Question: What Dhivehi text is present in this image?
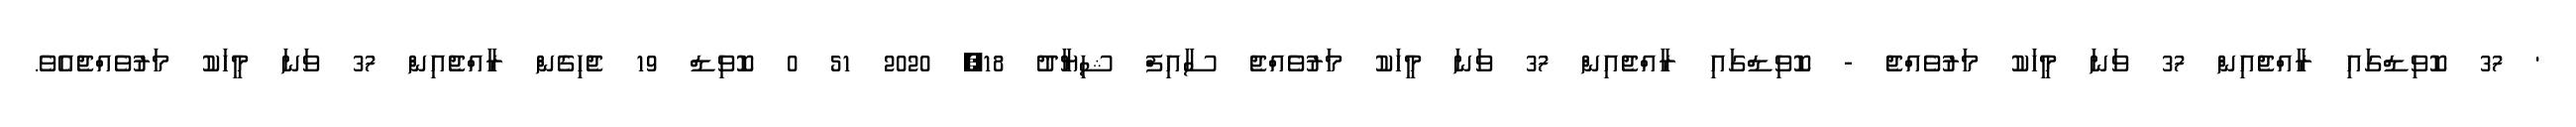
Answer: ' 37 ކޮވިޑްގައި ރާއްޖެއިން 37 ވަނަ މީހަކު މަރުވެއްޖެ - ކޮވިޑްގައި ރާއްޖެއިން 37 ވަނަ މީހަކު މަރުވެއްޖެ ސާއިފް ޝިޔާދު 18, 2020 51 0 ކޮވިޑް 19 ޖެހިގެން ރާއްޖެއިން 37 ވަނަ މީހަކު މަރުވެއްޖެއެވެ.